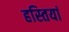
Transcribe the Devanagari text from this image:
हस्‍तियां